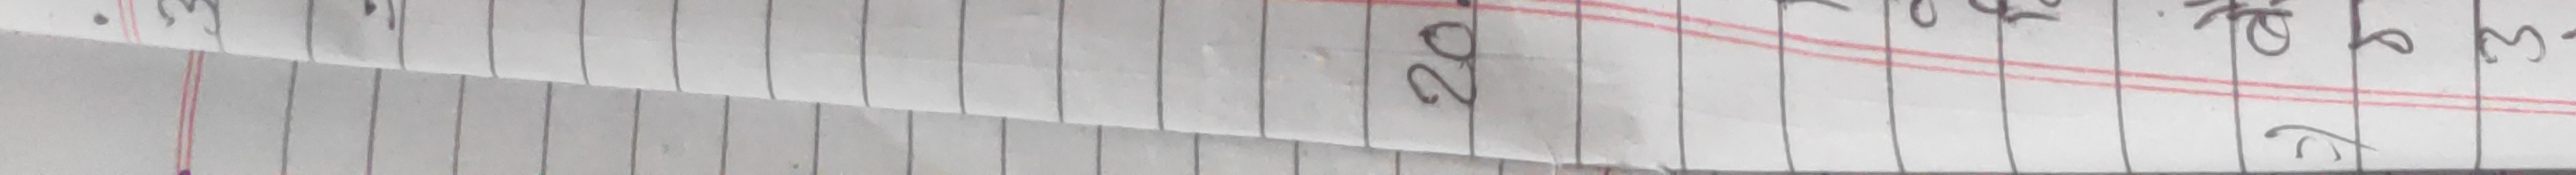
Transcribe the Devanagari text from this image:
२०